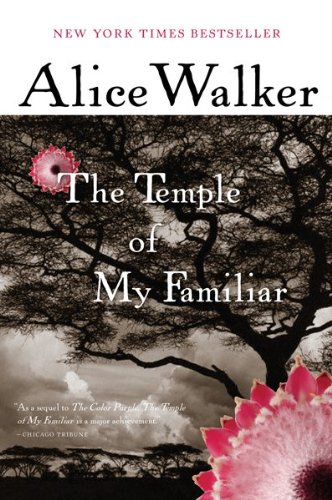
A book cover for The Temple of My Familiar; Alice Walker; Literature & Fiction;